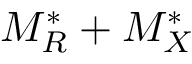
M _ { R } ^ { * } + M _ { X } ^ { * }